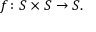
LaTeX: \, f \colon S \times S \rightarrow S .